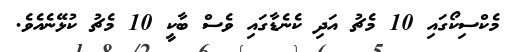
މެކްސިކޯގައި 10 މެޗު އަދި ކެނެޑާގައި ވެސް ބާކީ 10 މެޗު ކުޅޭނެއެވެ.